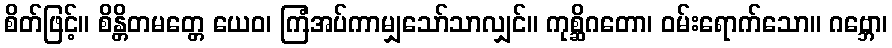
စိတ်ဖြင့်။ စိန္တိတမတ္တေ ယေဝ၊ ကြံအပ်ကာမျှသော်သာလျှင်။ ကုစ္ဆိဂတော၊ ဝမ်းရောက်သော။ ဂဗ္ဘော၊